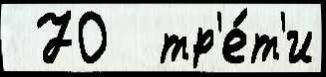
 70  тр'е́т'и